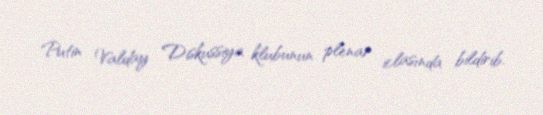
Putin Valday Diskussiya klubunun plenar iclasında bildirib.